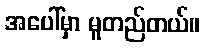
အပေါ်မှာ မူတည်တယ်။